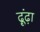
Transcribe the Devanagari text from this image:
ढ़ूंढ़ा